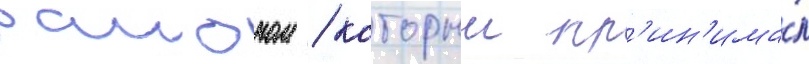
раионом / которыи пр'ин'има́л